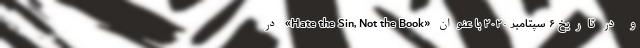
و در تاریخ ۶ سپتامبر ۲۰۲۰ با عنوان «Hate the Sin, Not the Book» در